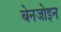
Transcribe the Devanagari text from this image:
बेनजोइन